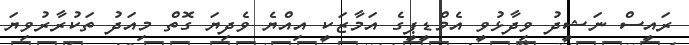
ރައީސް ނަޝީދު ވިދާޅުވީ އެމްޑީޕީގެ އަމާޒަކީ އިއްޔެ ވެދިޔަ ގޮތް މިއަދު ތަކުރާރުވިޔަ